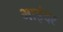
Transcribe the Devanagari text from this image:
भाइंदर